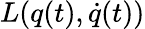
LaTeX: L(q(t),\dot{q}(t))